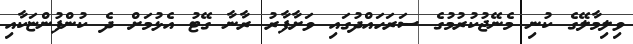
ވިލިމާލޭގެ ކުނި މެނޭޖުކުރުމުގެ ސަރަހައްދުގައި ވަށާފާރު ރާނާ ގޭޓު އެޅުމަށް ދެ ކުންފުންޏަކާއި